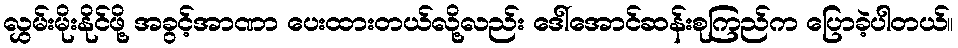
လွှမ်းမိုးနိုင်ဖို့ အခွင့်အာဏာ ပေးထားတယ်လို့လည်း ဒေါ်အောင်ဆန်းစုကြည်က ပြောခဲ့ပါတယ်။